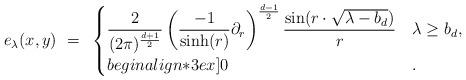
LaTeX: \begin{align*} e_\lambda(x, y)~ =~ \begin{cases}\displaystyle\frac{2}{(2 \pi)^{\frac{d+1}{2}} } \left( \frac{-1}{\sinh(r)} \partial_r \right)^{\frac{d-1}{2}} \frac{\sin(r \cdot \sqrt{\lambda-b_d})}{r} & \lambda \ge b_d,\\begin{align*}3ex] 0 &. \end{cases}\end{align*}